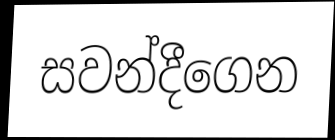
සවන්දීගෙන